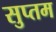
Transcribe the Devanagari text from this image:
सुप्तम